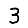
Digit: 3